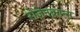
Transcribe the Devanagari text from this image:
रोज़ेनक्रान्स